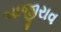
બાજીરાવ